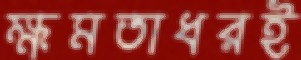
ক্ষমতাধরই